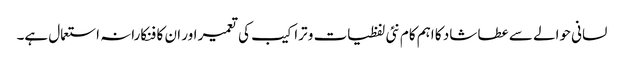
لسانی حوالے سے عطا شاد کا اہم کام نئی لفظیات و تراکیب کی تعمیر اور ان کا فنکارانہ استعمال ہے۔